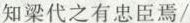
知梁代之有忠臣焉/